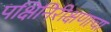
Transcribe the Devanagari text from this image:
पक्षिनिरीक्षणाचा